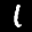
Label: 1